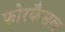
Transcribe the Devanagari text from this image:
फोरकैसल